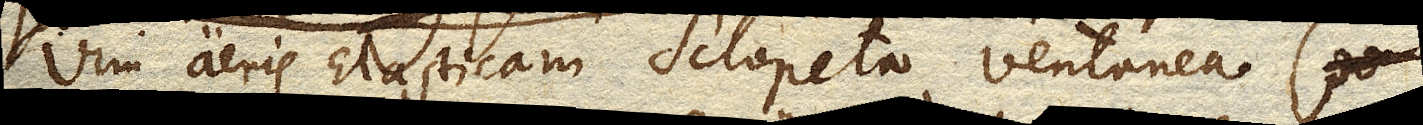
vim aeris Elasticamsclopeta ventanea